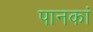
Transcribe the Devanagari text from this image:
पानकां